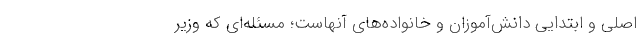
اصلی و ابتدایی دانش‌آموزان و خانواده‌های آنهاست؛ مسئله‌ای که وزیر